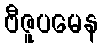
ဗီဇူပမေန